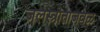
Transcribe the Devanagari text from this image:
जलस्त्रोताजवळ